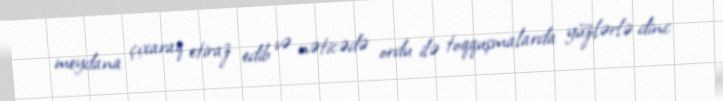
meydana çıxaraq etiraz edib və nəticədə ordu ilə toqquşmalarda yüzlərlə dinc